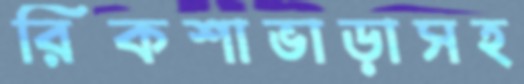
রিকশাভাড়াসহ